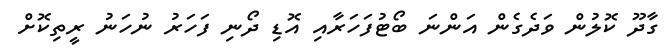
ގާދޫ ކޮލުން ވަދެގެން އަންނަ ބޯޓުފަހަރާއި އޮޑި ދޯނި ފަހަރު ނުހަނު ރީތިކޮށް